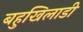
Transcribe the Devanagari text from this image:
बहुखिलाडी